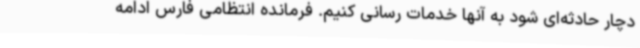
دچار حادثه‌ای شود به آنها خدمات رسانی کنیم. فرمانده انتظامی فارس ادامه